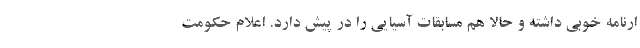
ارنامه خوبی داشته و حالا هم مسابقات آسیایی را در پیش دارد. اعلام حکومت